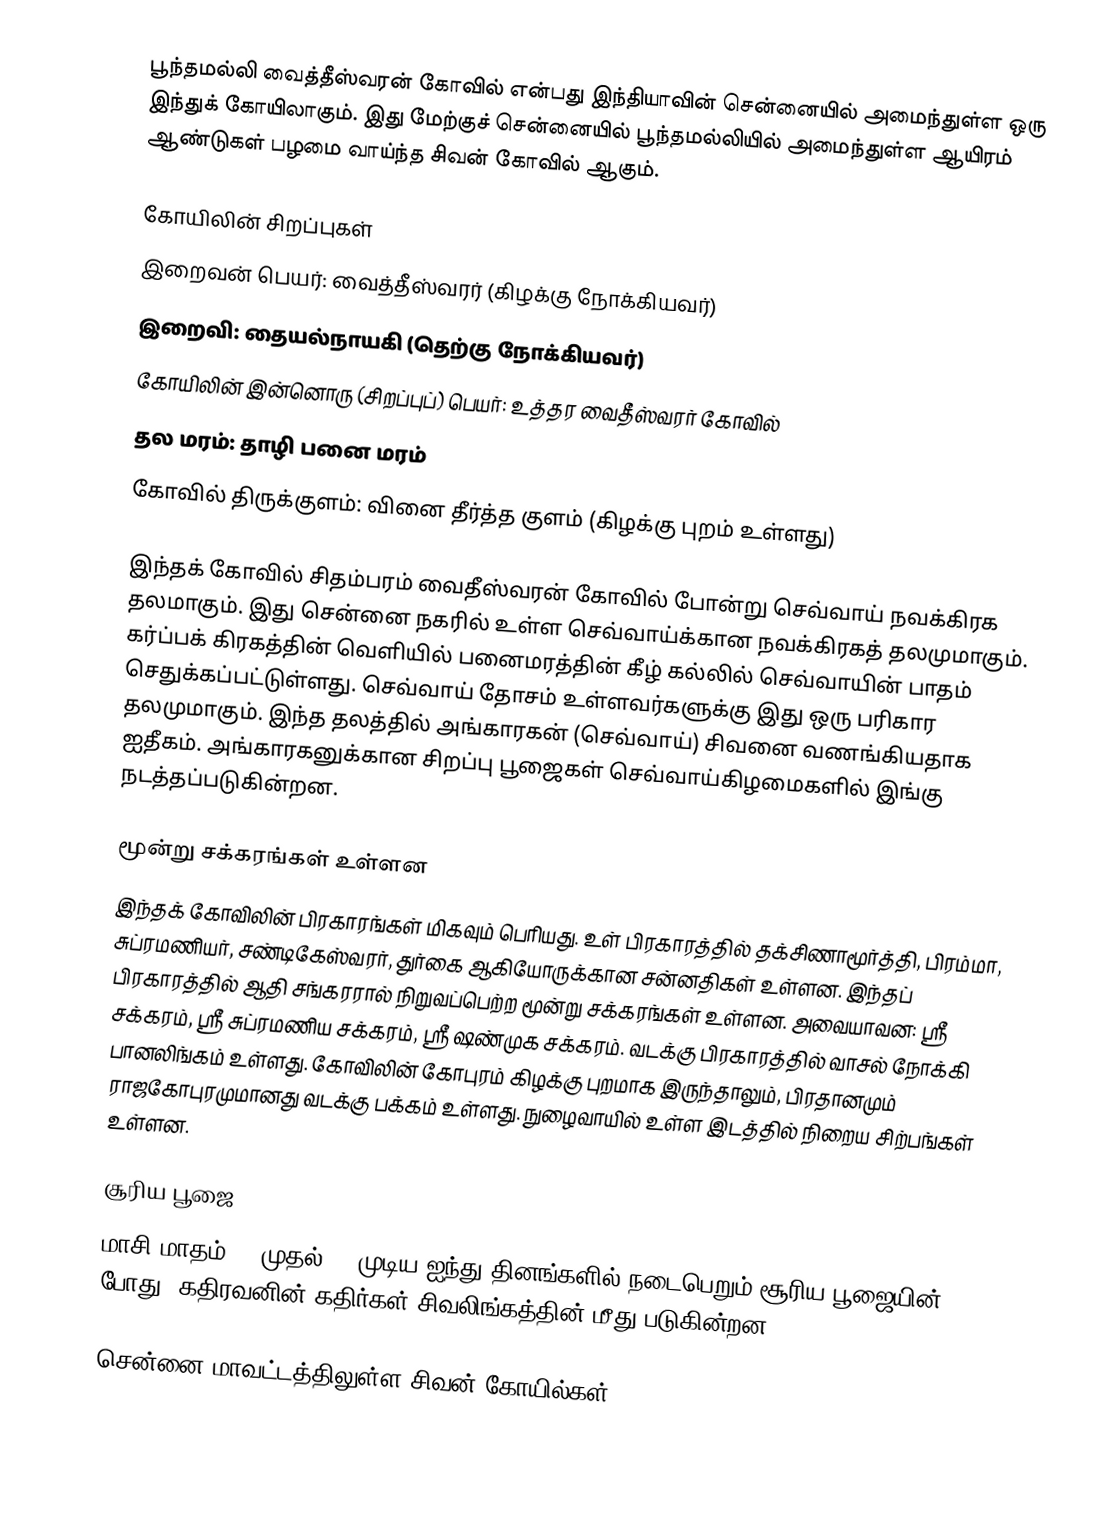
பூந்தமல்லி வைத்தீஸ்வரன் கோவில் என்பது இந்தியாவின் சென்னையில் அமைந்துள்ள ஒரு இந்துக் கோயிலாகும். இது மேற்குச் சென்னையில் பூந்தமல்லியில் அமைந்துள்ள ஆயிரம் ஆண்டுகள் பழமை வாய்ந்த சிவன் கோவில் ஆகும்.

கோயிலின் சிறப்புகள்
இறைவன் பெயர்: வைத்தீஸ்வரர் (கிழக்கு நோக்கியவர்)
இறைவி: தையல்நாயகி (தெற்கு நோக்கியவர்)
கோயிலின் இன்னொரு (சிறப்புப்) பெயர்: உத்தர வைதீஸ்வரர் கோவில்
தல மரம்: தாழி பனை மரம்
கோவில் திருக்குளம்: வினை தீர்த்த குளம் (கிழக்கு புறம் உள்ளது)

இந்தக் கோவில் சிதம்பரம் வைதீஸ்வரன் கோவில் போன்று செவ்வாய் நவக்கிரக தலமாகும். இது சென்னை நகரில் உள்ள செவ்வாய்க்கான நவக்கிரகத் தலமுமாகும். கர்ப்பக் கிரகத்தின் வெளியில் பனைமரத்தின் கீழ் கல்லில் செவ்வாயின் பாதம் செதுக்கப்பட்டுள்ளது. செவ்வாய் தோசம் உள்ளவர்களுக்கு இது ஒரு பரிகார தலமுமாகும். இந்த தலத்தில் அங்காரகன் (செவ்வாய்) சிவனை வணங்கியதாக ஐதீகம். அங்காரகனுக்கான சிறப்பு பூஜைகள் செவ்வாய்கிழமைகளில் இங்கு நடத்தப்படுகின்றன.

மூன்று சக்கரங்கள் உள்ளன
இந்தக் கோவிலின் பிரகாரங்கள் மிகவும் பெரியது. உள் பிரகாரத்தில் தக்சிணாமூர்த்தி, பிரம்மா, சுப்ரமணியர், சண்டிகேஸ்வரர், துர்கை ஆகியோருக்கான சன்னதிகள் உள்ளன. இந்தப் பிரகாரத்தில் ஆதி சங்கரரால் நிறுவப்பெற்ற மூன்று சக்கரங்கள் உள்ளன. அவையாவன: ஸ்ரீ சக்கரம், ஸ்ரீ சுப்ரமணிய சக்கரம், ஸ்ரீ ஷண்முக சக்கரம். வடக்கு பிரகாரத்தில் வாசல் நோக்கி பானலிங்கம் உள்ளது. கோவிலின் கோபுரம் கிழக்கு புறமாக இருந்தாலும், பிரதானமும் ராஜகோபுரமுமானது வடக்கு பக்கம் உள்ளது. நுழைவாயில் உள்ள இடத்தில் நிறைய சிற்பங்கள் உள்ளன.

சூரிய பூஜை
மாசி மாதம் 21 முதல் 25 முடிய ஐந்து தினங்களில் நடைபெறும் சூரிய பூஜையின் போது, கதிரவனின் கதிர்கள் சிவலிங்கத்தின் மீது படுகின்றன

சென்னை மாவட்டத்திலுள்ள சிவன் கோயில்கள்